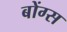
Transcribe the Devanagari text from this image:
बोंग्स